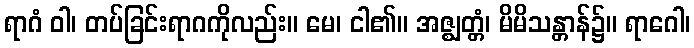
ရာဂံ ဝါ၊ တပ်ခြင်းရာဂကိုလည်း။ မေ၊ ငါ၏။ အဇ္ဈတ္တံ၊ မိမိသန္တာန်၌။ ရာဂေါ၊